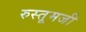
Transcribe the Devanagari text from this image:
रुस्तूमजी